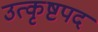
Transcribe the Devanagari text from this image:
उत्कृष्टपद